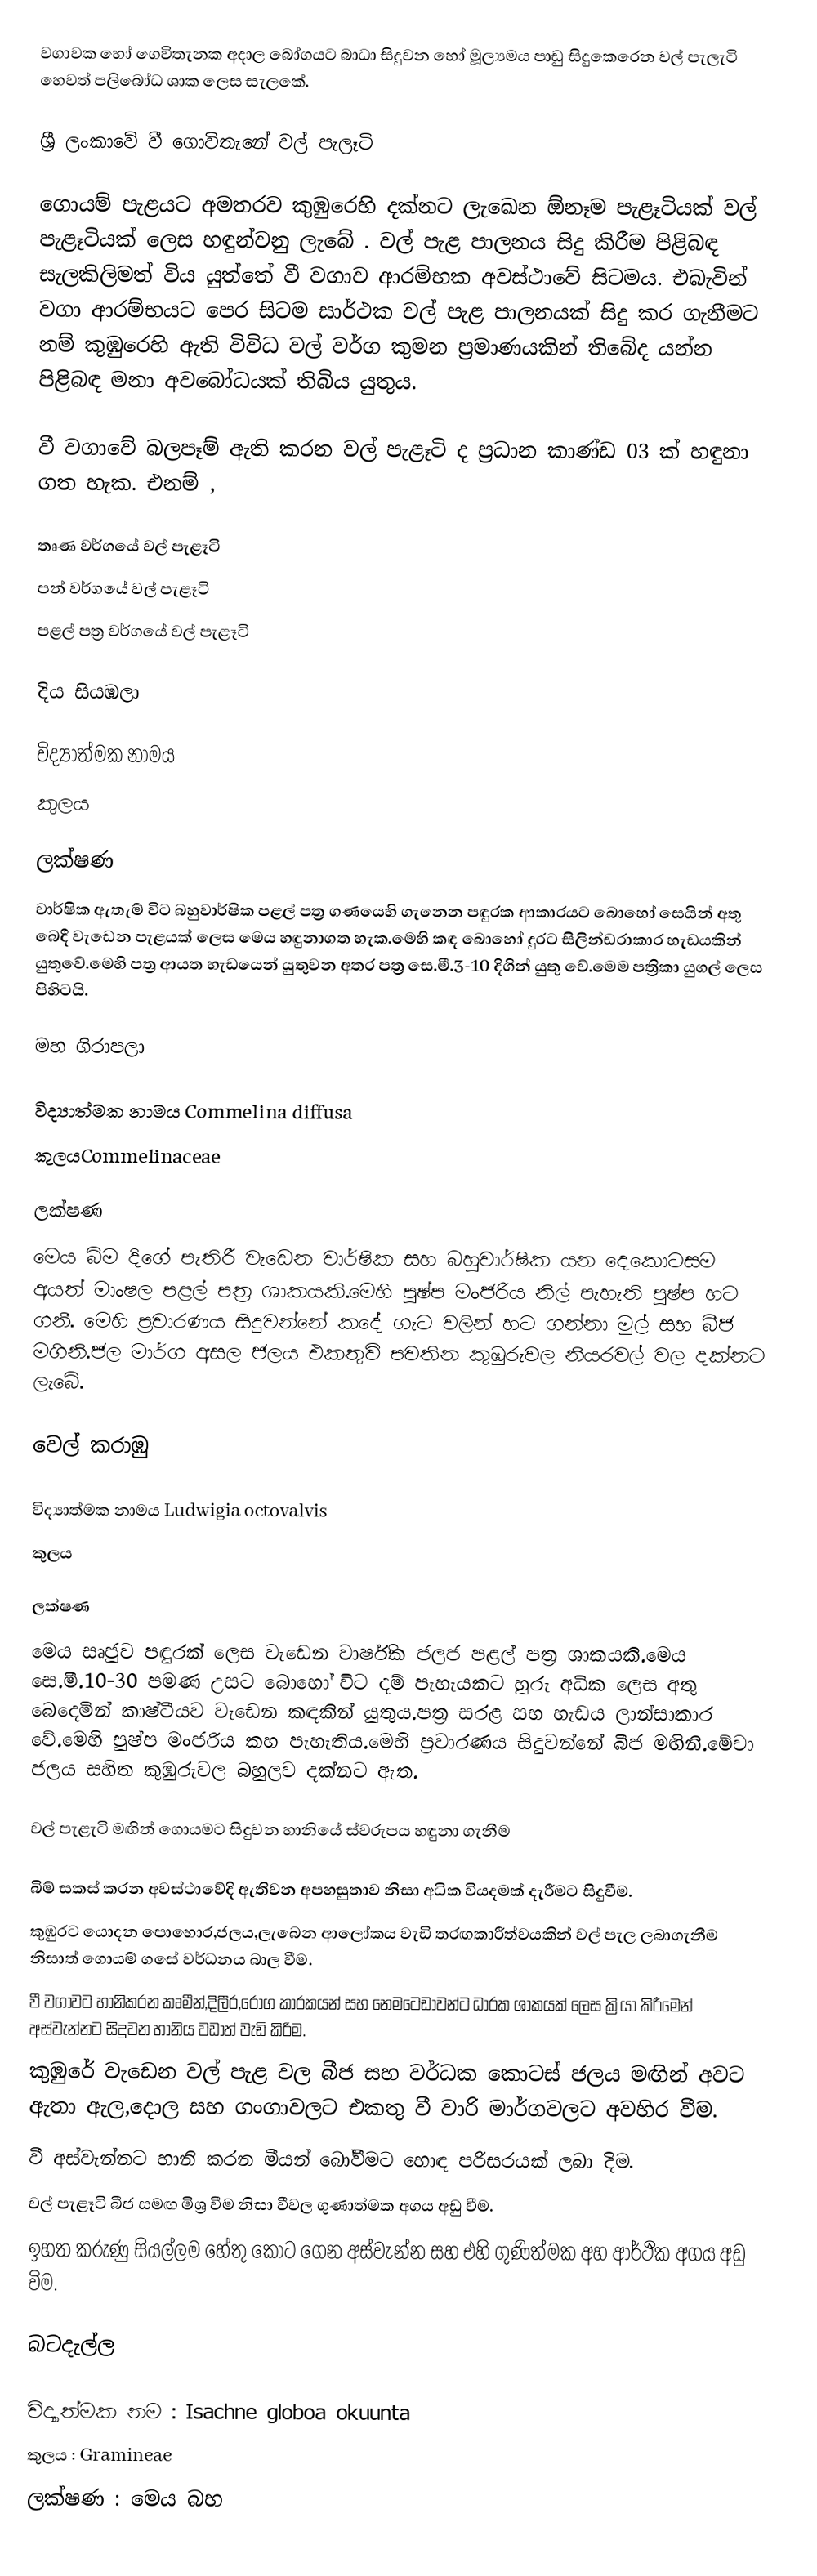
වගාවක හෝ ගෙවිතැනක අදාල බෝගයට බාධා සිදුවන හෝ මූල්‍යමය පාඩු සිදුකෙරෙන වල් පැලැටි හෙවත් පලිබෝධ ශාක ලෙස සැලකේ.

ශ්‍රී ලංකාවේ වී ගොවිතැනේ වල් පැලෑටි

ගොයම් පැළයට අමතරව කුඹුරෙහි දක්නට ලැඛෙන ඕනෑම පැළෑටියක් වල් පැළෑටියක් ලෙස හඳුන්වනු ලැබේ . වල් පැළ පාලනය සිදු කිරීම පිළිබඳ සැලකිලිමත් විය යුත්තේ වී වගාව ආරම්භක අවස්ථාවේ සිටමය. එබැවින් වගා ආරම්භයට පෙර සිටම සාර්ථක වල් පැළ පාලනයක් සිදු කර ගැනීමට නම්  කුඹුරෙහි ඇති විවිධ වල් වර්ග කුමන ප්‍රමාණයකින් තිබේද යන්න පිළිබඳ මනා අවබෝධයක් තිබිය යුතුය.

වී වගාවේ බලපෑම් ඇති කරන වල් පැළෑටි ද ප්‍රධාන කාණ්ඩ 03 ක් හඳුනා ගත හැක. එනම් ,

තෘණ වර්ගයේ වල් පැළෑටි
පන් වර්ගයේ වල් පැළෑටි
පළල් පත්‍ර වර්ගයේ වල් පැළෑටි

දිය සියඹලා

විද්‍යාත්මක නාමය
කුලය

ලක්ෂණ
	වාර්ෂික ඇතැම් විට බහුවාර්ෂික  පළල් පත්‍ර ගණයෙහි ගැනෙන පඳුරක ආකාරයට බොහෝ සෙයින් අතු බෙදී වැ‍ඩෙන පැළයක් ලෙස මෙය හඳුනාගත හැක.මෙහි කඳ බොහෝ දුරට සිලින්ඩරාකාර හැඩයකින් යුතුවේ.මෙහි පත්‍ර ආයත හැඩයෙන් යුතුවන අතර පත්‍ර සෙ.මී.3-10 දිගින් යුතු වේ.මෙම පත්‍රිකා යුගල් ලෙස පිහිටයි.

මහ ගිරාපලා

විද්‍යාත්මක නාමය Commelina diffusa
කුලයCommelinaceae

ලක්ෂණ
	මෙය බිම දිගේ පැතිරී වැඩෙන වාර්ෂික සහ බහුවාර්ෂික ‍යන දෙකොටසම අයත් මාංෂල පළල් පත්‍ර ශාකයකි.මෙහි පුෂ්ප මංජරිය නිල් පැහැති පුෂ්ප හට ගනී. මෙහි ප්‍රවාරණය සිදුවන්නේ කදේ ගැට වලින් හට ගන්නා මුල් සහ බීජ මගිනි.ජල මාර්ග අසල ජලය එකතුවි පවතින කුඹුරුවල නියරවල් වල දක්නට ලැබේ.

වෙල් කරාඹු

විද්‍යාත්මක නාමය Ludwigia octovalvis
කුලය

ලක්ෂණ
	මෙය සෘජුව පඳුරක් ලෙස වැඩෙන වාර්ෂික ජලජ පළල් පත්‍ර ශාකයකි.මෙය සෙ.මී.10-30 පමණ උසට බොහෝ විට දම් පැහැයකට හුරු අධික ලෙස අතු‍ බෙදෙමින් කාෂ්ටීයව වැඩෙන කඳකින් යුතුය.පත්‍ර සරළ සහ හැඩය ලාන්සාකාර වේ.මෙහි පුෂ්ප මංජරිය කහ පැහැතිය.මෙහි ප්‍රවාරණය සිදුවන්නේ බීජ මඟිනි.මේවා ජලය සහිත කුඹුරුවල බහුලව දක්නට ඇත.

වල් පැළැටි මඟින් ගොයමට සිදුවන හානියේ ස්වරුපය හඳුනා ‍ගැනීම

බිම් සකස් කරන අවස්ථාවේ‍දි ඇතිවන අපහසුතාව නිසා අධික වියදමක් දැරීමට සිදුවීම.
කුඹුරට යොදන පොහොර,ජලය,ලැබෙන ආලෝකය වැඩි තරඟකාරීත්වයකින්  වල් පැල ලබාගැනීම නිසාත් ගොයම් ගසේ වර්ධනය බාල වීම.
වී වගාවට හානිකරන කෘමීන්,දිලීර,රෝග කාරකයන් සහ නෙමටෙඩාවන්ට ධාරක ශාකයක් ලෙස ක්‍රියා කිරීමෙන් අස්වැන්නට සිදුවන හානිය වඩාත් වැඩි කිරිම.
කුඹුරේ වැඩෙන වල් පැළ වල බීජ සහ වර්ධක කොටස් ජලය මඟින් අවට ඇතා ඇල,දොල සහ ගංගාවලට එකතු වී වාරි මාර්ගවලට අවහිර වීම.
වී අස්වැන්නට හානි කරන මීයන් බෝවීමට හොඳ පරිසරයක් ලබා දිම.
වල් පැළෑටි බීජ සමඟ මිශ්‍ර වීම නිසා වීවල ගුණාත්මක අගය අඩු වීම.
ඉහත කරුණු සියල්ලම හේතු කොට ගෙන අස්වැන්න සහ එහි ගුණිත්මක අහ ආර්ථික අගය අඩු විම.

බටදැල්ල

විද්‍යාත්මක නම : Isachne globoa okuunta
කුලය : Gramineae
ලක්ෂණ : මෙය බහ